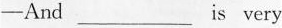
——And ___ is very